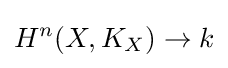
H^{n}(X,K_{X})\to k